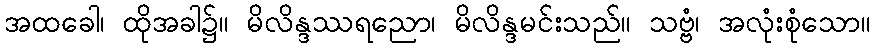
အထခေါ၊ ထိုအခါ၌။ မိလိန္ဒဿရညော၊ မိလိန္ဒမင်းသည်။ သဗ္ဗံ၊ အလုံးစုံသော။